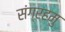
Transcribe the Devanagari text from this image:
संग्रहमु